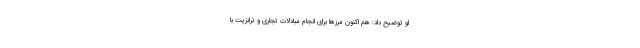
او توضیح داد: هم اکنون مرز‌ها برای انجام مبادلات تجاری و ترانزیت با